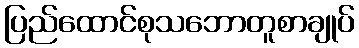
ပြည်ထောင်စုသဘောတူစာချုပ်